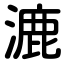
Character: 漉